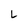
Character: L